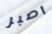
اصبر